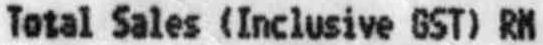
TOTAL SALES (INCLUSIVE GST) RM